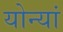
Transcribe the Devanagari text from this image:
योन्यां